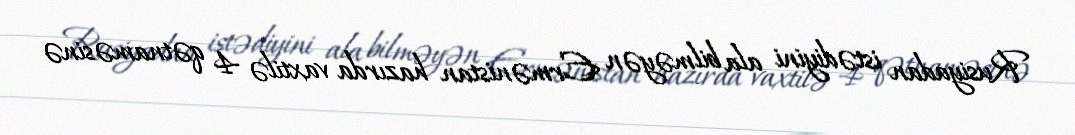
Rusiyadan istədiyini ala bilməyən Ermənistan hazırda vaxtilə 4 qətnaməsinə